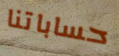
حساباتنا